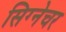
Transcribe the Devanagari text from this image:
सिग्‍नेचर